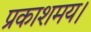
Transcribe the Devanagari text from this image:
प्रकाशमय।